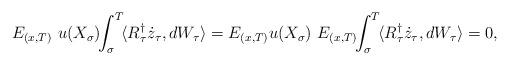
LaTeX: \begin{align*}E_{(x,T)}\,\, u(X_\sigma)\!\!\int_\sigma^T\! \langle R_\tau^\dag \dot{z}_\tau,dW_\tau\rangle=E_{(x,T)} u(X_\sigma)\,\,E_{(x,T)}\!\!\int_\sigma^T\! \langle R_\tau^\dag \dot{z}_\tau,dW_\tau\rangle=0,\end{align*}